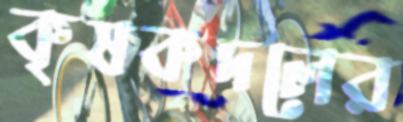
কৃষকদলের